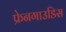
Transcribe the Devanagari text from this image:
फ्रेनगाउडिस